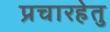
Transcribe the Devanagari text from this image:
प्रचारहेतु